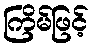
ကြိမ်ဖြင့်